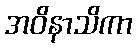
အဝိနာသိကာ